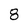
Character: 8